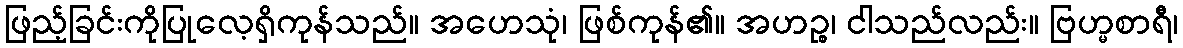
ဖြည့်ခြင်းကိုပြုလေ့ရှိကုန်သည်။ အဟေသုံ၊ ဖြစ်ကုန်၏။ အဟဉ္စ၊ ငါသည်လည်း။ ဗြဟ္မစာရီ၊